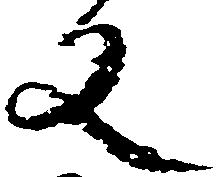
文